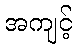
အကျင့်